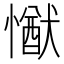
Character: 𢢕